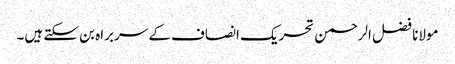
مولانا فضل الرحمن تحریک انصاف کے سربراہ بن سکتے ہیں۔